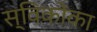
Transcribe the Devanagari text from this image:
स्विकोंका